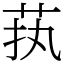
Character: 𱽜